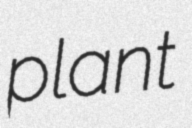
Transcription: plant